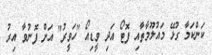
ކަންކަމާ ގުޅޭ މައުލޫމާތާއި ފޮޓޯ އަދި ވީޑިއޯ "ހަވީރު" އަށް ފޮނުވާ އިރު